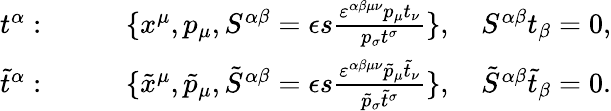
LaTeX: \begin{array}{rl}{t^{\alpha}:}&{\qquad\{ x^{\mu},p_{\mu},S^{\alpha\beta}=\epsilon s\frac{\varepsilon^{\alpha\beta\mu\nu}p_{\mu}t_{\nu}}{p_{\sigma}t^{\sigma}}\} ,\quad S^{\alpha\beta}t_{\beta}=0,}\\ {\tilde{t}^{\alpha}:}&{\qquad\{ \tilde{x}^{\mu},\tilde{p}_{\mu},\tilde{S}^{\alpha\beta}=\epsilon s\frac{\varepsilon^{\alpha\beta\mu\nu}\tilde{p}_{\mu}\tilde{t}_{\nu}}{\tilde{p}_{\sigma}\tilde{t}^{\sigma}}\} ,\quad\tilde{S}^{\alpha\beta}\tilde{t}_{\beta}=0.}\end{array}